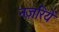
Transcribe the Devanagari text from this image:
नज़रियें